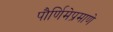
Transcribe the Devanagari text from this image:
पौर्णिमेप्रमाणे